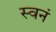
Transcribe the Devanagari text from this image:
स्वनं